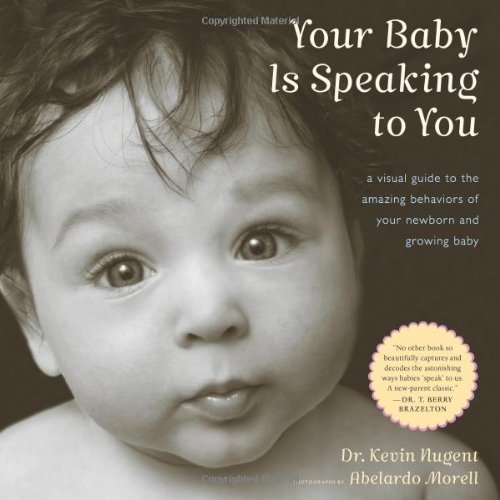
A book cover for Your Baby Is Speaking to You: A Visual Guide to the Amazing Behaviors of Your Newborn and Growing Baby; Kevin Nugent; Arts & Photography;